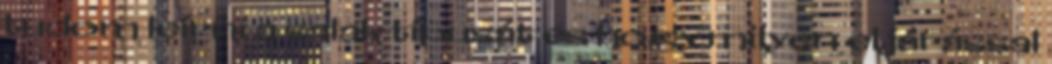
tudom leírni a salak típusát és hogy milyen eljárással